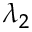
\lambda _ { 2 }